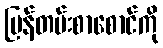
ပြန်တမ်းစာစောင်ကို